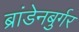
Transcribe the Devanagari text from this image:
ब्रांडेनबुर्गर